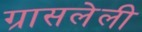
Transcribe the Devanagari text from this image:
ग्रासलेली